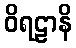
ဝိရဠာနိ